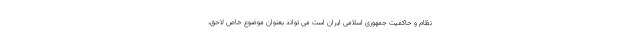
نظام و حاکمیت جمهوری اسلامی ایران است می تواند بعنوان موضوع خاص لاحق،